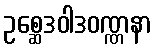
ဥစ္ဆေဒဝါဒဝဏ္ဏနာ